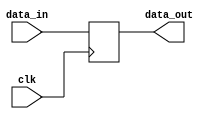
module bypass_register (
    input clk,
    input [3:0] data_in,
    output reg [3:0] data_out
);

always @(posedge clk) begin
    data_out <= data_in;
end

endmodule